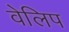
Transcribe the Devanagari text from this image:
वेलिप